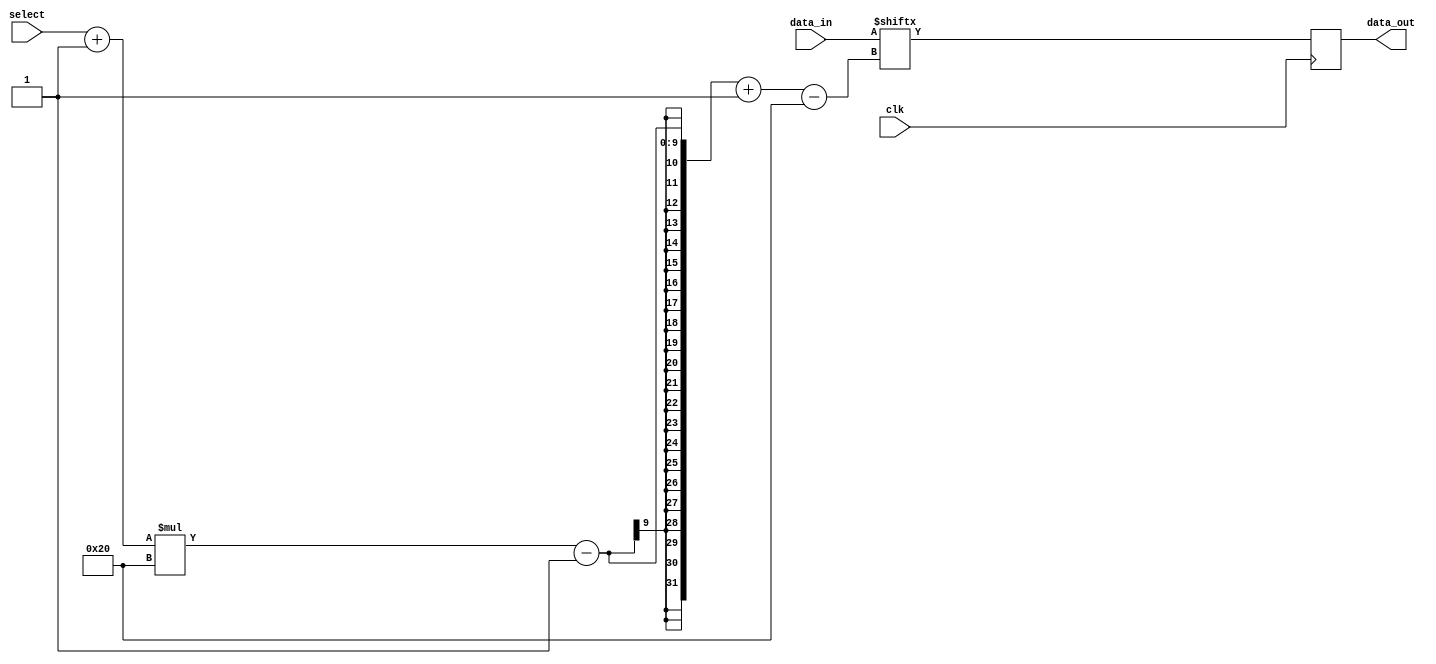
module mux_1OfN #(
    parameter NUM_PORTS_WIDTH = 2,
    parameter DATA_WIDTH = 32

)(
    input clk,
    input [NUM_PORTS_WIDTH-1:0] select,
    input [(2 ** NUM_PORTS_WIDTH)*DATA_WIDTH-1:0] data_in,
    output reg [DATA_WIDTH-1:0] data_out
);

localparam NUM_PORTS = 2**NUM_PORTS_WIDTH;

always @(posedge clk) begin
    data_out <= data_in[(select+1)*DATA_WIDTH-1-:DATA_WIDTH];
end

endmodule